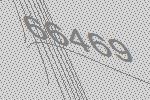
66469